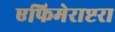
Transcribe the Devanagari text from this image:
एफिमेराप्टरा